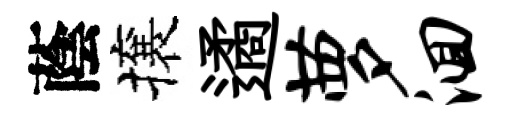
蔭攘遹萝洄